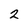
Character: 2